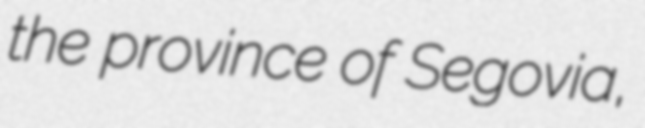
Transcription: the province of Segovia,